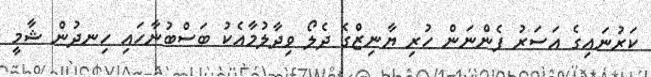
ކަރުނައިގެ އަސަރު ފެންނަން ހުރި ޔާނިޒްގެ ދެލޯ ވިދާލުމާއެކު ބަސްބުނާހައި ހިނދުން ޝާމީ